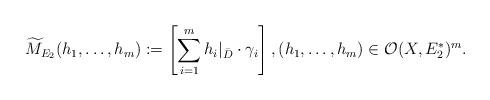
LaTeX: \begin{align*}\widetilde M_{E_2}(h_1,\dots,h_m):=\left[\sum_{i=1}^m h_i|_{\bar D} \cdot \gamma_i\right], (h_1,\dots,h_m) \in \mathcal O(X,E_2^*)^m.\end{align*}